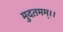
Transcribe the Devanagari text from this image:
मुदतमम्।।